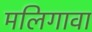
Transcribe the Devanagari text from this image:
मलिगावा